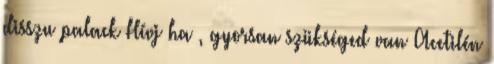
disszu palack Hívj ha , gyorsan szükséged van Acetilén